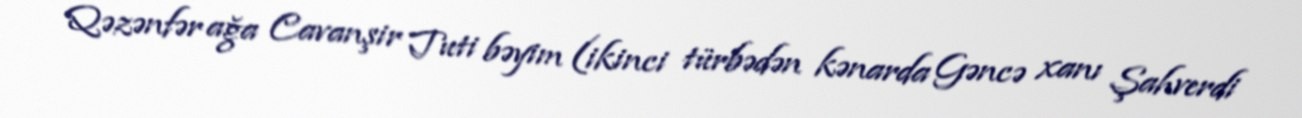
Qəzənfər ağa Cavanşir Tuti bəyim (ikinci türbədən kənarda Gəncə xanı Şahverdi